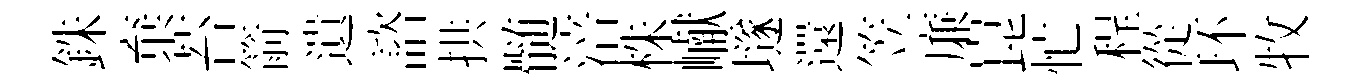
銖棄苔箭遺諮拱髄涪株𪩘𡑞還笠廉崑忙程從环牧